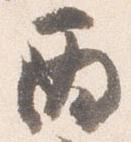
丙